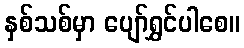
နှစ်သစ်မှာ ပျော်ရွှင်ပါစေ။